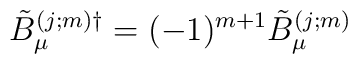
\tilde{B}_{\mu}^{(j;m) \dag}=(-1)^{m+1}\tilde{B}_{\mu}^{(j;m)}